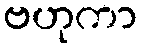
ဗဟုကာ